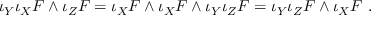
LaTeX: \iota _ { Y } \iota _ { X } F \wedge \iota _ { Z } F = \iota _ { X } F \wedge \iota _ { X } F \wedge \iota _ { Y } \iota _ { Z } F = \iota _ { Y } \iota _ { Z } F \wedge \iota _ { X } F ~ .